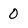
Character: O